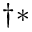
^ { \dag \ast }